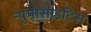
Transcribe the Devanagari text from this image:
न्युमोसाइटिस